Plague in India, 1896, 1897 - Volume 1
Year: 1896
Disease focus: Plague
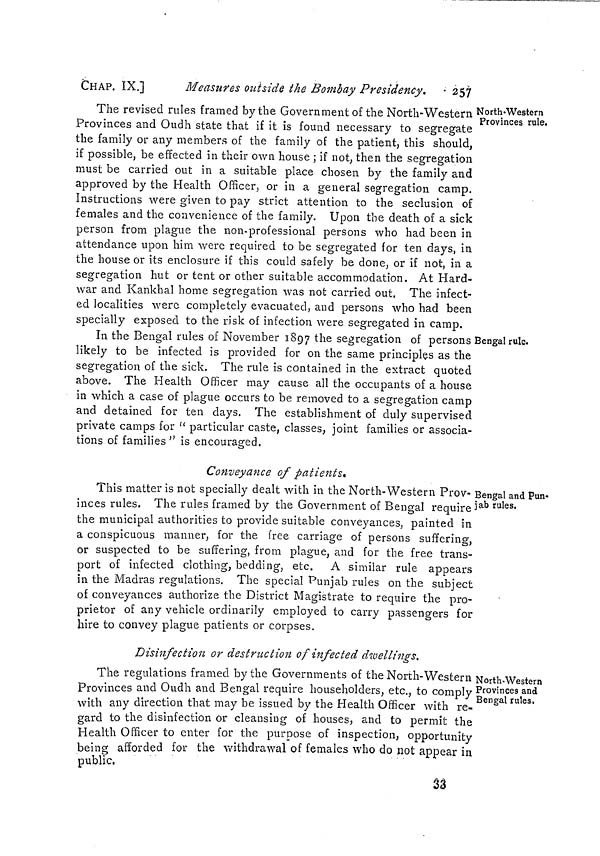
CHAP. IX.]
Measures outside the Bombay Presidency.
257
North-Western
Provinces rule.
Bengal rule.
The revised rules framed by the Government of the North-Western
Provinces and Oudh state that if it is found necessary to segregate
the family or any members of the family of the patient, this should,
if possible, be effected in their own house ; if not, then the segregation
must be carried out in a suitable place chosen by the family and
approved by the Health Officer, or in a general segregation camp.
Instructions were given to pay strict attention to the seclusion of
females and the convenience of the family. Upon the death of a sick
person from plague the non-professional persons who had been in
attendance upon him were required to be segregated for ten days, in
the house or its enclosure if this could safely be done, or if not, in a
segregation hut or tent or other suitable accommodation. At Hard-
war and Kankhal home segregation was not carried out. The infect-
ed localities were completely evacuated, and persons who had been
specially exposed to the risk of infection were segregated in camp.
In the Bengal rules of November 1897 the segregation of persons
likely to be infected is provided for on the same principles as the
segregation of the sick. The rule is contained in the extract quoted
above. The Health Officer may cause all the occupants of a house
in which a case of plague occurs to be removed to a segregation camp
and detained for ten days. The establishment of duly supervised
private camps for " particular caste, classes, joint families or associa-
tions of families " is encouraged.
Conveyance of patients.
Bengal and Pun-
jab rules.
This matter is not specially dealt with in the North-Western Prov-
inces rules. The rules framed by the Government of Bengal require
the municipal authorities to provide suitable conveyances, painted in
a conspicuous manner, for the free carriage of persons suffering,
or suspected to be suffering, from plague, and for the free trans-
port of infected clothing, bedding, etc. A similar rule appears
in the Madras regulations. The special Punjab rules on the subject
of conveyances authorize the District Magistrate to require the pro-
prietor of any vehicle ordinarily employed to carry passengers for
hire to convey plague patients or corpses.
Disinfection or destruction of infected dwellings.
North-Western
Provinces and
Bengal rules.
The regulations framed by the Governments of the North-Western
Provinces and Oudh and Bengal require householders, etc., to comply
with any direction that may be issued by the Health Officer with re-
gard to the disinfection or cleansing of houses, and to permit the
Health Officer to enter for the purpose of inspection, opportunity
being afforded for the withdrawal of females who do not appear in
public,
33